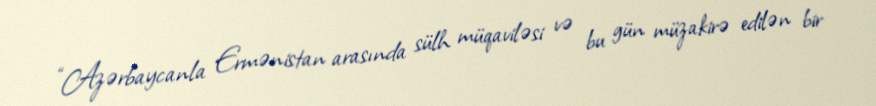
“Azərbaycanla Ermənistan arasında sülh müqaviləsi və bu gün müzakirə edilən bir